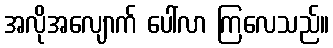
အလိုအလျောက် ပေါ်လာ ကြလေသည်။